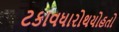
ટકાવધારોથયોહતો